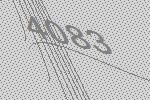
4083